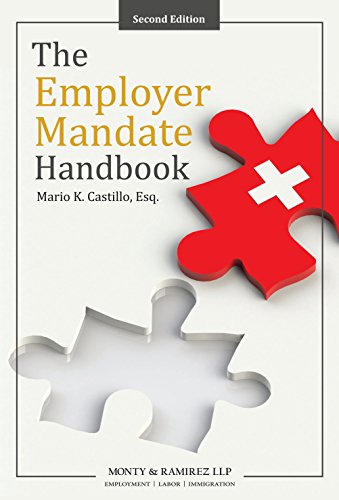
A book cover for The Employer Mandate Handbook; Mario K. Castillo; Business & Money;